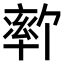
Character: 𫧦